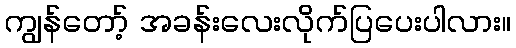
ကျွန်တော့် အခန်းလေးလိုက်ပြပေးပါလား။